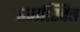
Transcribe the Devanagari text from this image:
ऊर्जास्वित